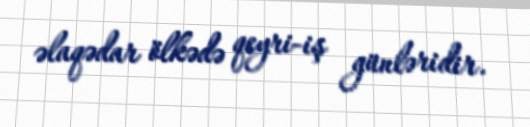
əlaqədar ölkədə qeyri-iş günləridir.